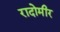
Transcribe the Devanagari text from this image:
रादोमीर